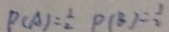
P ( A ) = \frac { 1 } { 2 } P ( B ) = \frac { 1 } { 2 }